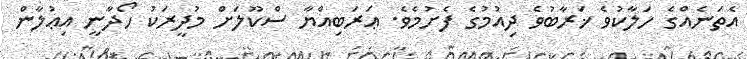
އެތަނެއްގެ ހަލާކުވެ ޚަރާބުވެ ދިއުމުގެ ފެށުމެވެ. ޢަރަބިއްޔާ ސްކޫލަށް މުދީރަކު ހޯދާނީ އިޢުލާން